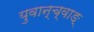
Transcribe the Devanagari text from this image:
युवान्च्वाङ्